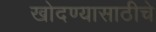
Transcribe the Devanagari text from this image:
खोदण्यासाठीचे